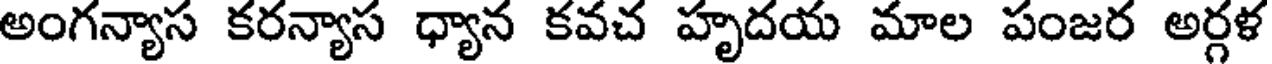
అంగన్యాస కరన్యాస ధ్యాన కవచ హృదయ మాల పంజర అర్గళ